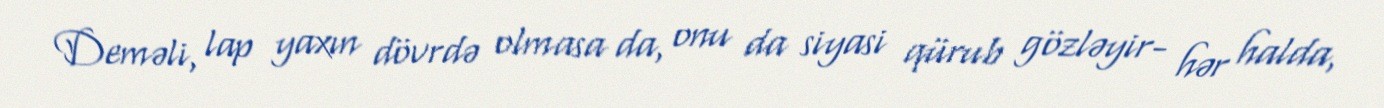
Deməli, lap yaxın dövrdə olmasa da, onu da siyasi qürub gözləyir- hər halda,